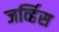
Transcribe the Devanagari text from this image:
जर्व्हिस